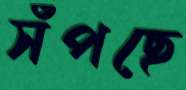
সঁপছে